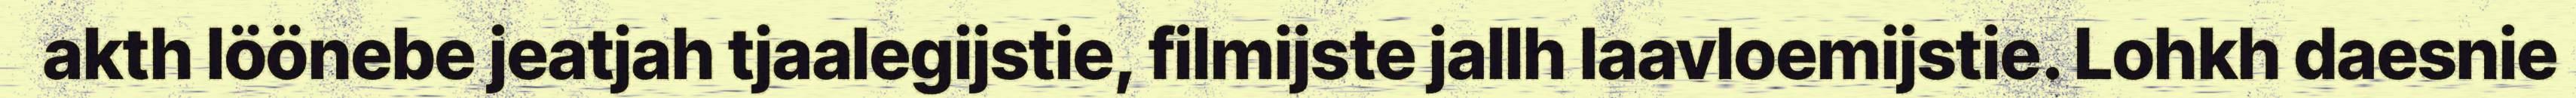
akth löönebe jeatjah tjaalegijstie, filmijste jallh laavloemijstie. Lohkh daesnie